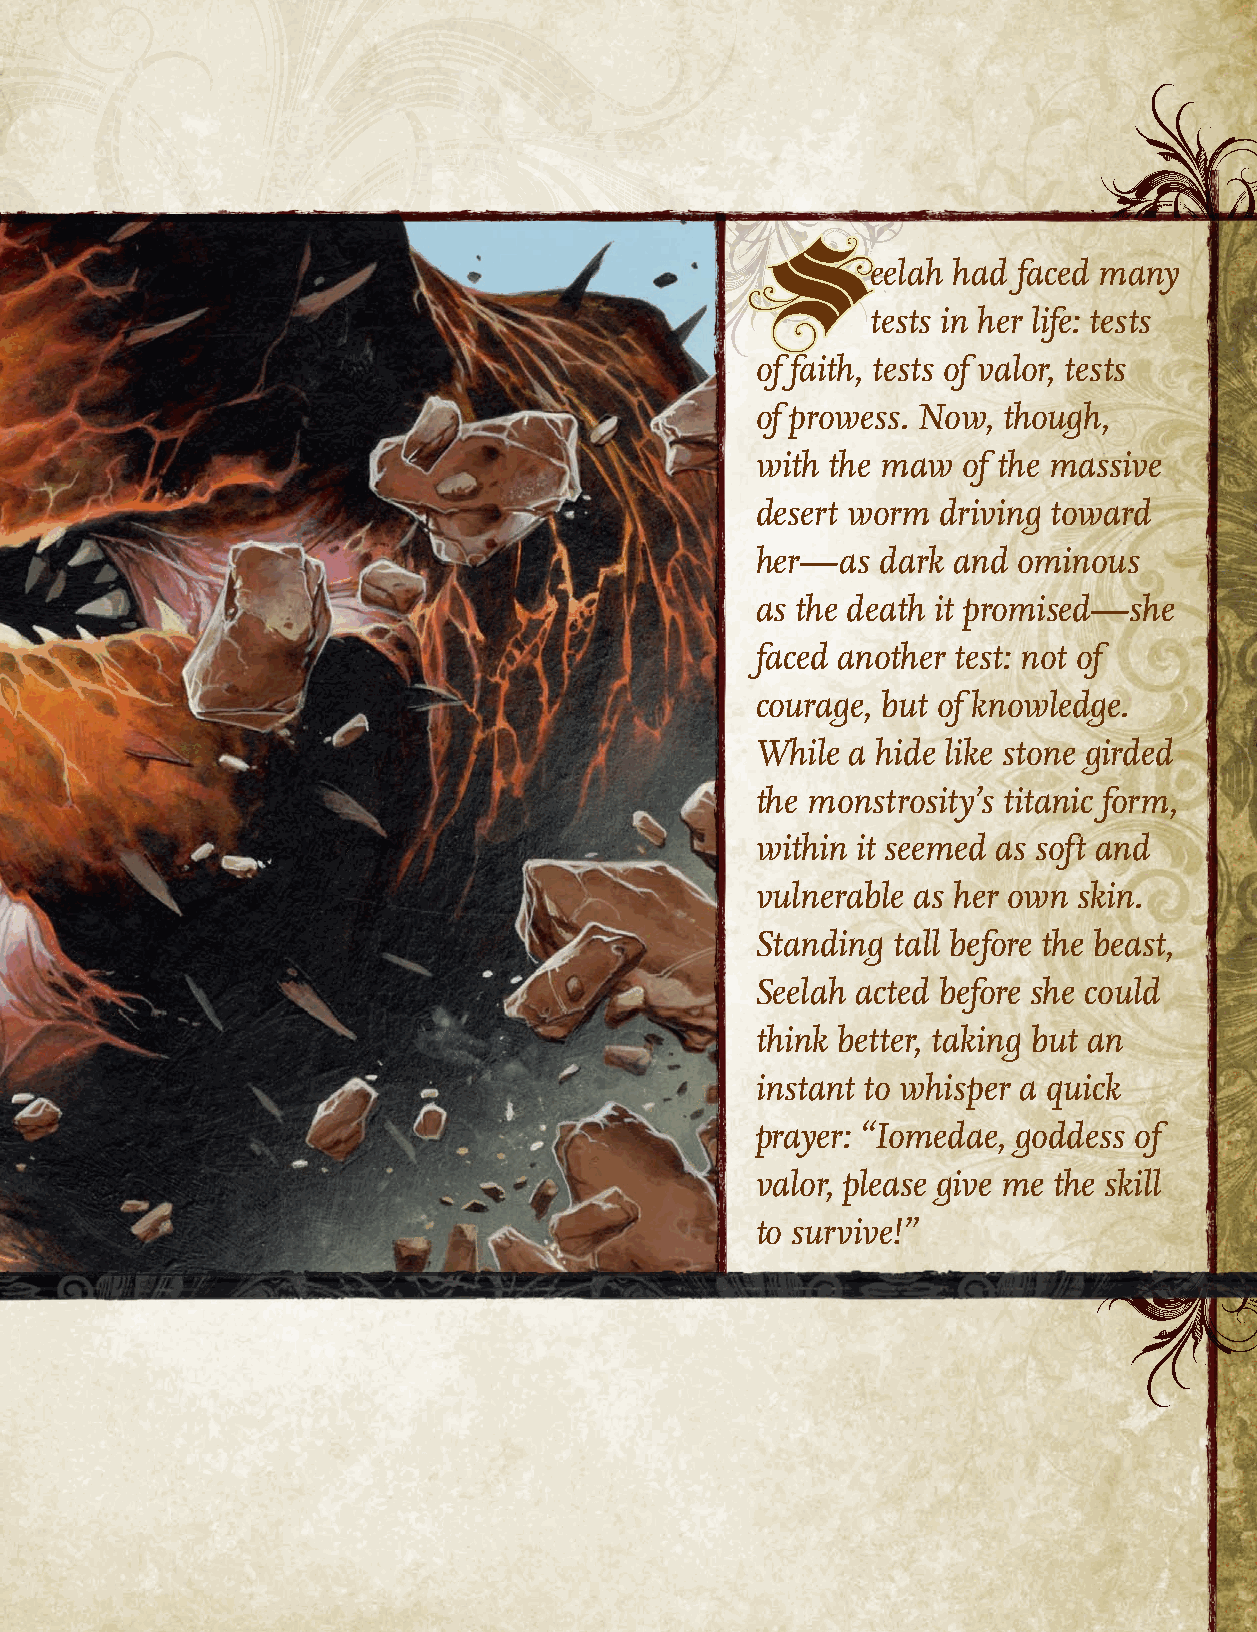
eelah had faced many
 S
 tests in her life: tests
 of faith, tests of valor, tests
 of prowess. Now, though,
 with the maw  of the massive
 desert worm driving toward
 her—as  dark and ominous
 as the death it promised—she
 faced another test: not of
 courage, but of knowledge.
 While a hide like stone girded
 the monstrosity’s titanic form,
 within it seemed as soft and
 vulnerable as her own skin.
 Standing tall before the beast,
 Seelah acted before she could
 think better, taking but an
 instant to whisper a quick
 prayer: “Iomedae, goddess of
 valor, please give me the skill
 to survive!”